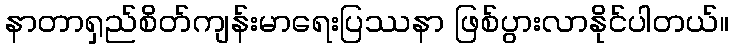
နာတာရှည်စိတ်ကျန်းမာရေးပြဿနာ ဖြစ်ပွားလာနိုင်ပါတယ်။